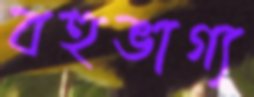
বহুভাগ্য